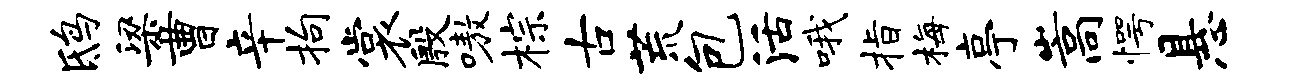
鸱梁曹辛拘裳殷嗷棕古荒包活哦指梅亭嵩愕悬